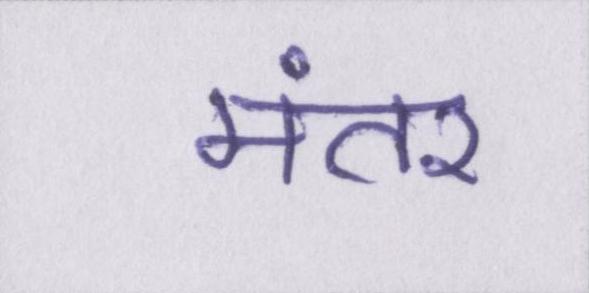
मंतर